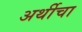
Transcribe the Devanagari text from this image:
अर्थीचा